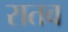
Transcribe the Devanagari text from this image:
रातव